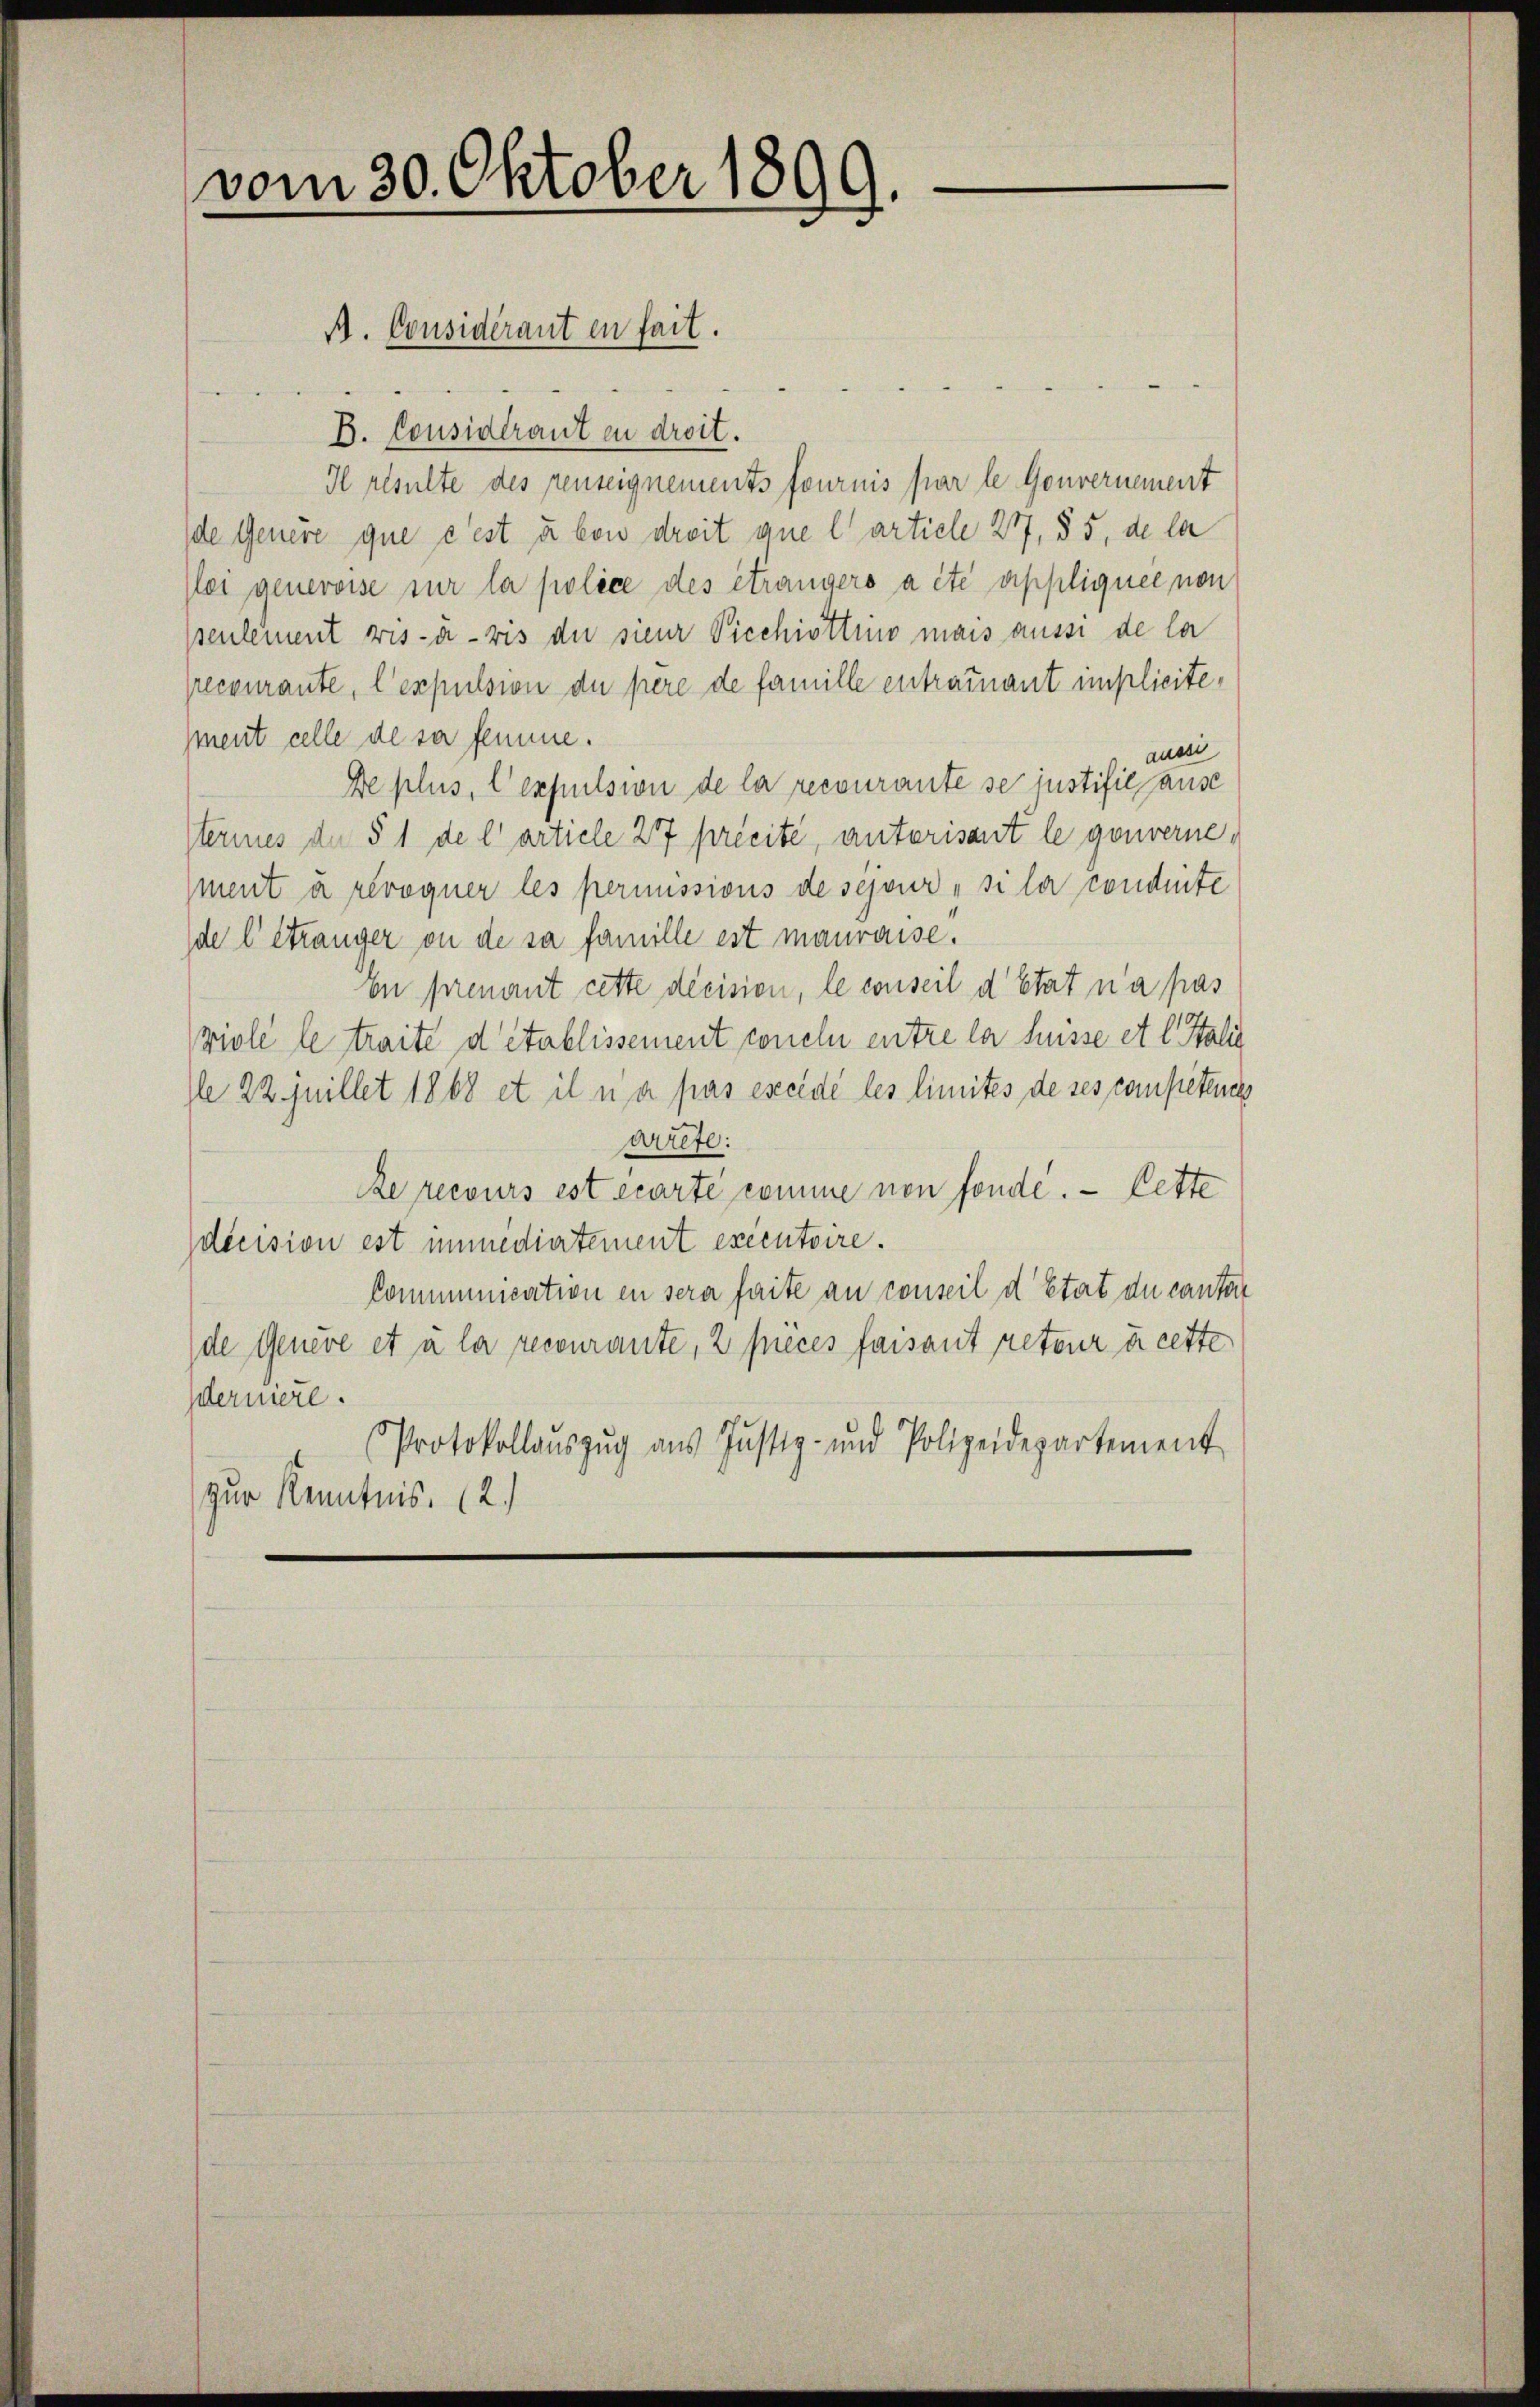
vom 30. Oktober 1899.

B. Considérant in droit.
Il resulte des penseignements fournis par le Gouvernement
de Genere que c’est u von dreit que l’article 27, § 5, de la
lei generoise sur la police des étrangers a été appliquée non
pseulement vis-à-vis die sieur Picchiottiis mais aussi de la
precourante, l’expulsion de pere de famille entrainant implicitement celle de sa femme.
ausse
De plus, l’expulsion de la recourante se instificause
sterines der § 1 de l’article 27 précité, autorisant le gouvernement à révoquer les permissions de séjour „si la conderte
de l’étranger on de sa famille est mauvaise.
En prenant cette decision, le conseil d’Etat n’a pas
viole le traite d’établissement coneln entre la Suisse et l. Stali
le 22 juillet 1868 et il n’a pas excédé les limites de ses competenes
arrefe:
Re recours est écarte comme non fonde. — Cette
decision est immediertement exécutoire.
Communication in sera faite an conseil d’Etat du canton
de Genere et à la recourante, 2 pièces faisant peteur à cette
derniere.
Protokollaŭszŭg aŭs Justiz- und Polizeidepartement
zur Kenntnis. (2.)

A. Considérant en fait.